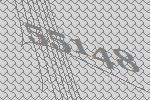
55148